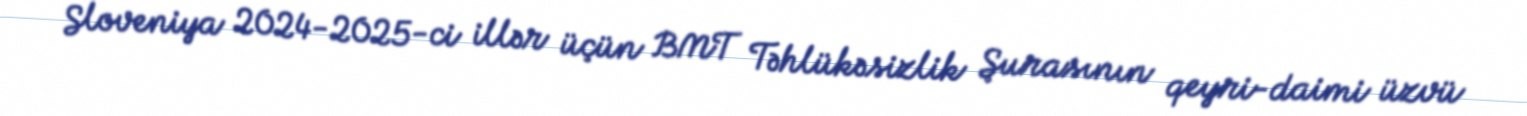
Sloveniya 2024-2025-ci illər üçün BMT Təhlükəsizlik Şurasının qeyri-daimi üzvü